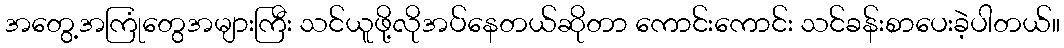
အတွေ့အကြုံတွေအများကြီး သင်ယူဖို့လိုအပ်နေတယ်ဆိုတာ ကောင်းကောင်း သင်ခန်းစာပေးခဲ့ပါတယ်။